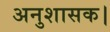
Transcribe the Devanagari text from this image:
अनुशासक।